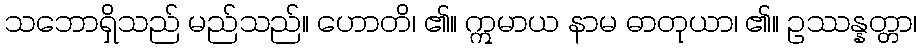
သဘောရှိသည် မည်သည်။ ဟောတိ၊ ၏။ ဣမာယ နာမ ဓာတုယာ၊ ၏။ ဥဿန္နတ္တာ၊